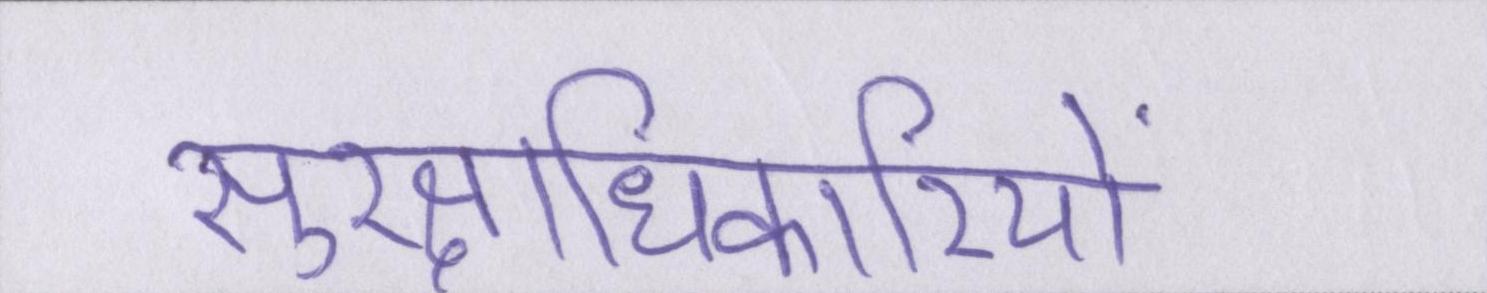
सुरक्षाधिकारियों